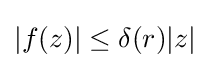
|f(z)|\leq \delta (r)|z|